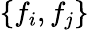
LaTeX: \{ f_{i},f_{j}\}